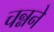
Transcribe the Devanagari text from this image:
चन्नने